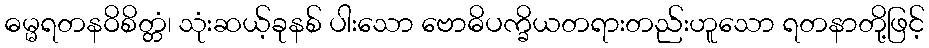
ဓမ္မရတနဝိစိတ္တံ၊ သုံးဆယ့်ခုနစ် ပါးသော ဗောဓိပက္ခိယတရားတည်းဟူသော ရတနာတို့ဖြင့်